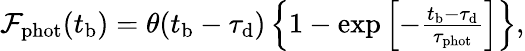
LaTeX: \begin{array}{r}{\mathcal{F}_{\mathrm{phot}}(t_{\mathrm{b}})=\theta(t_{\mathrm{b}}-\tau_{\mathrm{d}})\left\{ 1-\exp\left[-\frac{t_{\mathrm{b}}-\tau_{\mathrm{d}}}{\tau_{\mathrm{phot}}}\right]\right\} ,}\end{array}